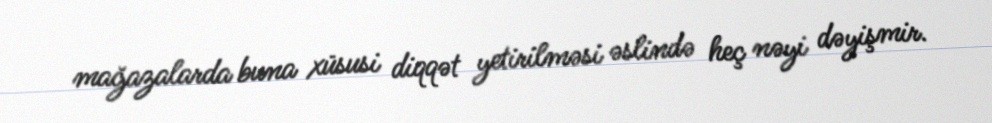
mağazalarda buna xüsusi diqqət yetirilməsi əslində heç nəyi dəyişmir.